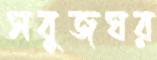
সবুজঘর